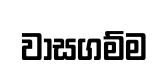
වාසගම්ම